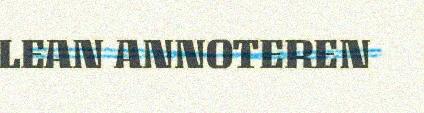
LEAN ANNOTEREN